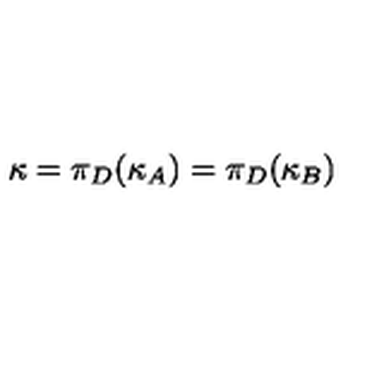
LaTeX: \kappa = \pi _ { D } ( \kappa _ { A } ) = \pi _ { D } ( \kappa _ { B } )